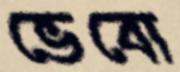
ভেবো